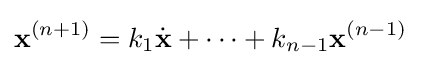
\mathbf {x} ^{(n+1)}=k_{1}{\dot {\mathbf {x} }}+\cdots +k_{n-1}\mathbf {x} ^{(n-1)}